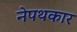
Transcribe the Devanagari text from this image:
नेपथकार